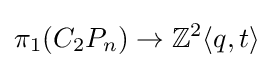
\pi _{1}(C_{2}P_{n})\to \mathbb {Z} ^{2}\langle q,t\rangle